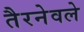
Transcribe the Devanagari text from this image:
तैरनेवले